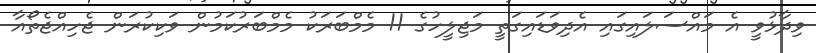
ވިދާޅުވީ އެ މައްސަލައިގައި އެދިވަޑައިގަތީ މަޖިލީހުގެ 11 މެމްބަރަކު މެމްބަރުކަމުން ވަކިކުރަން ޖެހިއްޖެތޯއާ